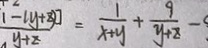
\frac { 1 - ( y + z ) ] } { y + z } = \frac { 1 } { x + y } + \frac { 9 } { y + z } -